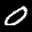
Label: 0